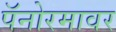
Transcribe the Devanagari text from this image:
पॅनोरमावर